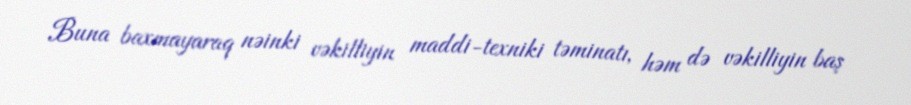
Buna baxmayaraq nəinki vəkilliyin maddi-texniki təminatı, həm də vəkilliyin baş